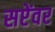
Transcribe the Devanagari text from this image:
सप्टेंवर